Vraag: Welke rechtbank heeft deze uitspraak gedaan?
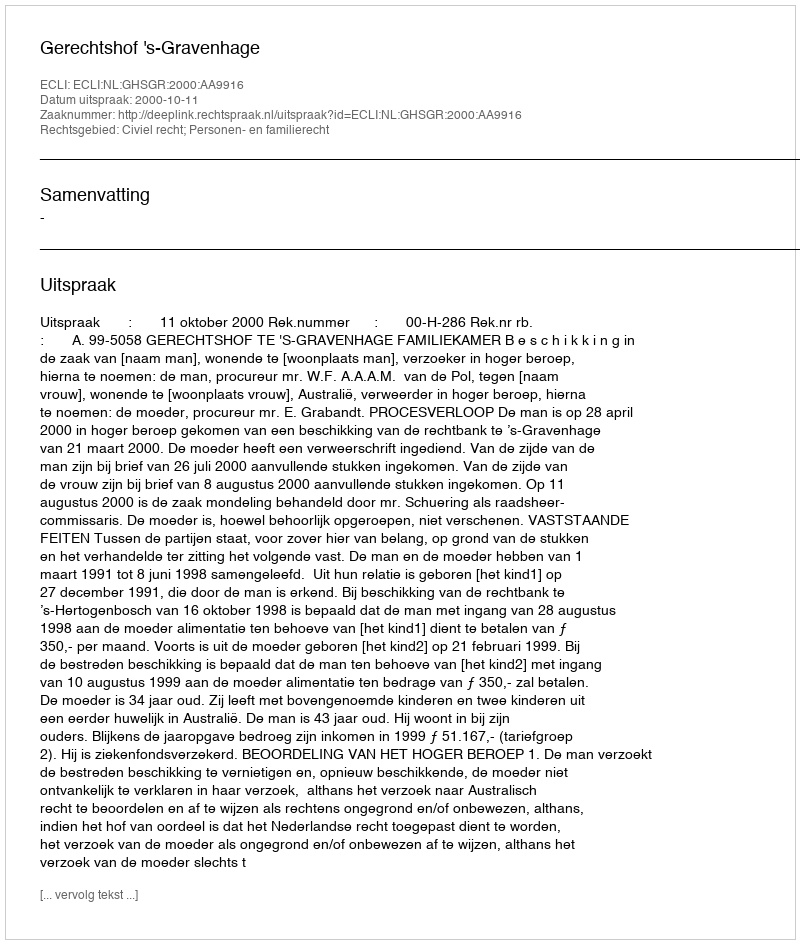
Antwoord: Gerechtshof 's-Gravenhage